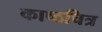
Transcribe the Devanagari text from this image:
काष्ठचित्र